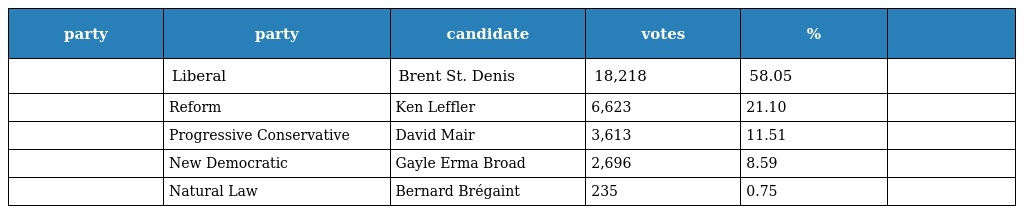
| party | party | candidate | votes | % |  |
 | --- | --- | --- | --- | --- | --- |
 |  | Liberal | Brent St. Denis | 18,218 | 58.05 |  |
 |  | Reform | Ken Leffler | 6,623 | 21.10 |  |
 |  | Progressive Conservative | David Mair | 3,613 | 11.51 |  |
 |  | New Democratic | Gayle Erma Broad | 2,696 | 8.59 |  |
 |  | Natural Law | Bernard Brégaint | 235 | 0.75 |  |